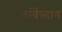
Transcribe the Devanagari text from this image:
कर्बिस्तान